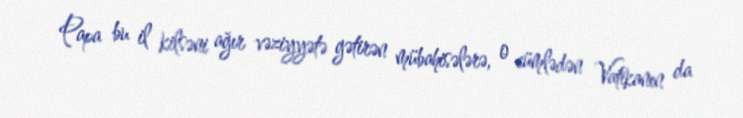
Papa bu il kilsəni ağır vəziyyətə gətirən mübahisələrə, o cümlədən Vatikanın da